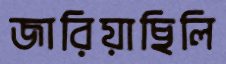
জারিয়াছিলি